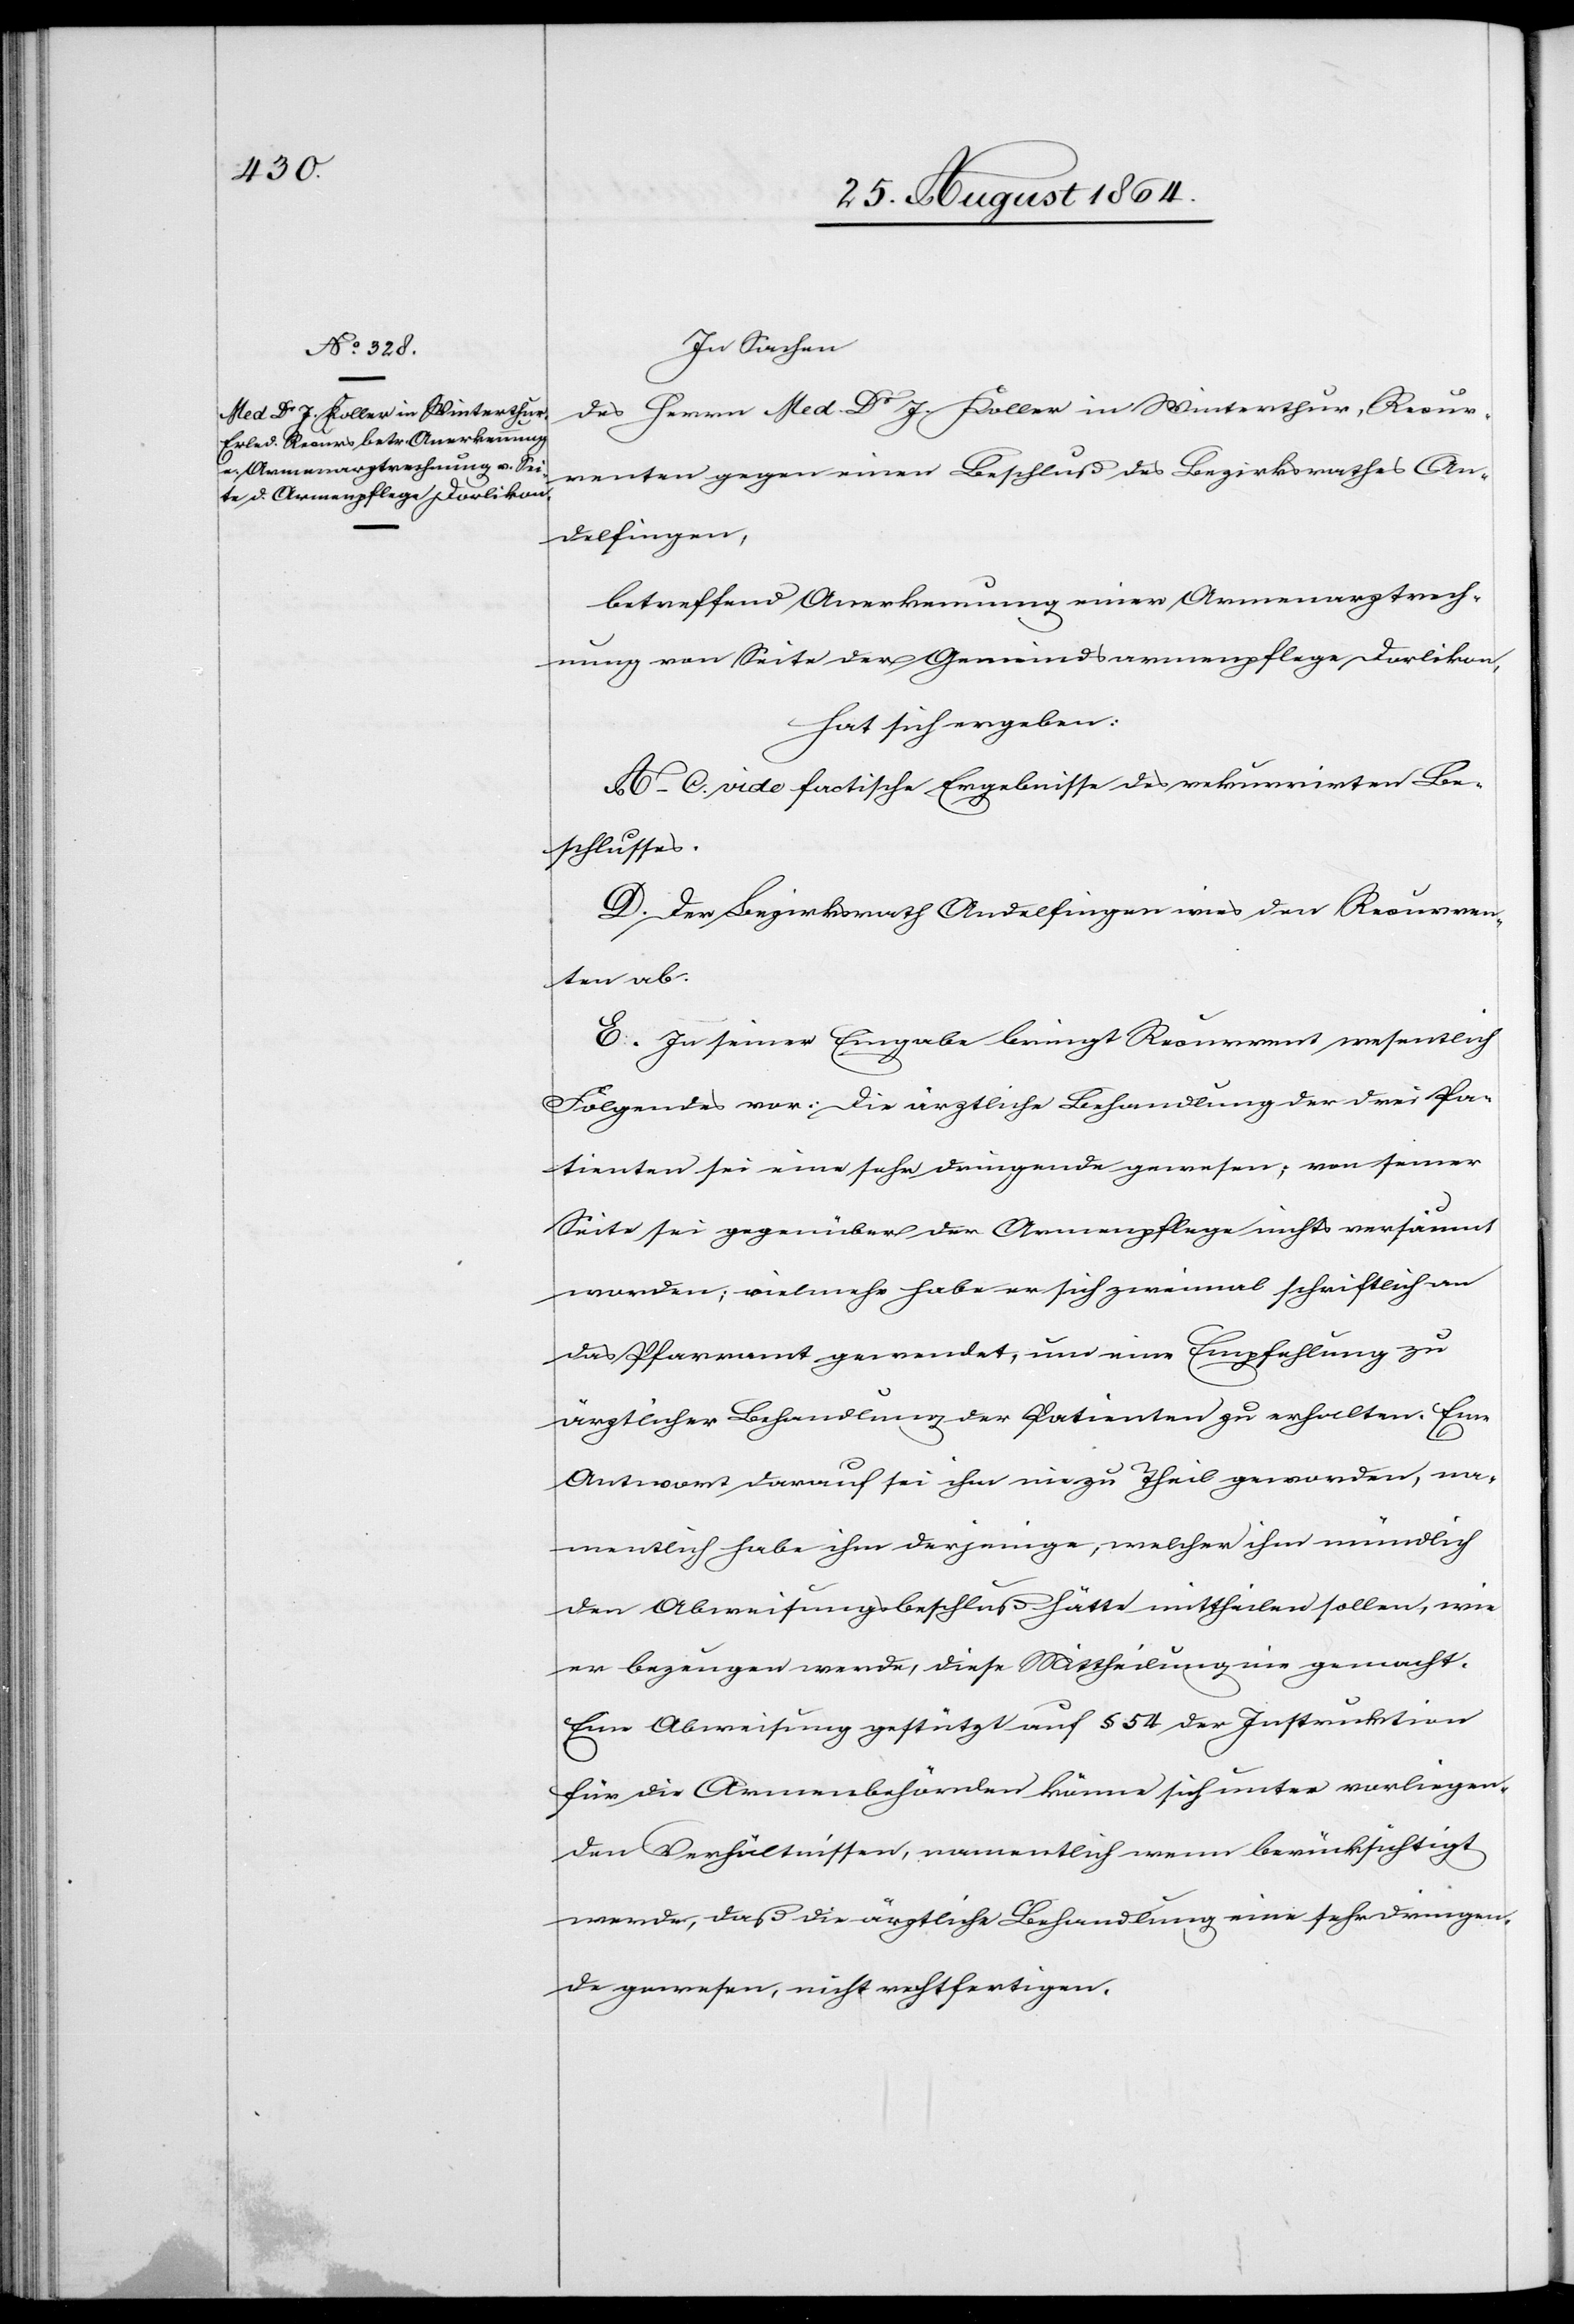
In Sachen
des Herrn Med. Dr J. Koller in Winterthur, Recur¬
renten gegen einen Beschluß des Bezirksrathes An¬
delfingen,
betreffend Anerkennung einer Armenarztrech¬
nung von Seite der Gemeindsarmenpflege Dorlikon,
hat sich ergeben:
A.–C. vide factische Ergebnisse des rekurrirten Be¬
schlusses.
D. Der Bezirksrath Andelfingen wies den Recurren¬
ten ab.
E. In seiner Eingabe bringt Recurrent wesentlich
Folgendes vor: Die ärztliche Behandlung der drei Pa¬
tienten sei eine sehr dringende gewesen; von seiner
Seite sei gegenüber der Armenpflege nichts versäumt
worden; vielmehr habe er sich zweimal schriftlich an
das Pfarramt gewendet, um eine Empfehlung zu
ärztlicher Behandlung der Patienten zu erhalten. Eine
Antwort darauf sei ihm nie zu Theil geworden, na¬
mentlich habe ihm derjenige, welcher ihm mündlich
den Abweisungsbeschluß hätte mittheilen sollen, wie
er bezeugen werde, diese Mittheilung nie gemacht.
Eine Abweisung gestützt auf § 54 der Instruktion
für die Armenbehörden könne sich unter vorliegen¬
den Verhältnissen, namentlich wenn berücksichtigt
werde, daß die ärztliche Behandlung eine sehr dringen¬
de gewesen, nicht rechtfertigen.